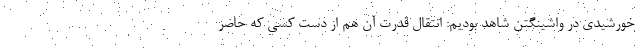
خورشیدی در واشینگتن شاهد بودیم: انتقال قدرت آن هم از دست کسی که حاضر